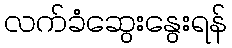
လက်ခံဆွေးနွေးရန်